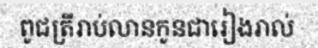
ពូជត្រីរាប់លានកូនជារៀងរាល់